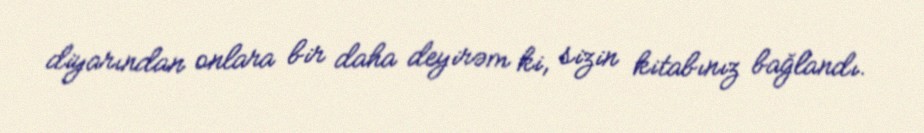
diyarından onlara bir daha deyirəm ki, sizin kitabınız bağlandı.